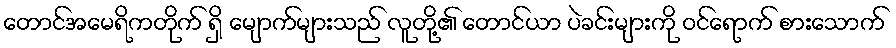
တောင်အမေရိကတိုက် ရှိ မျောက်များသည် လူတို့၏ တောင်ယာ ပဲခင်းများကို ဝင်ရောက် စားသောက်